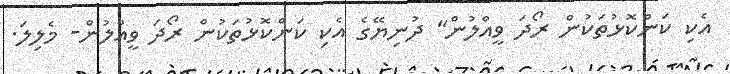
އެކި ކަންކޮޅުތަކުން ރޯދަ ވީއްލުން" ދުނިޔޭގެ އެކި ކަންކޮޅުތަކުން ރޯދަ ވީއްލުން- މެލިލަ.